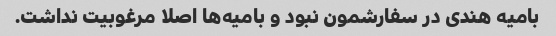
بامیه هندی در سفارشمون نبود و بامیه‌ها اصلا مرغوبیت نداشت.